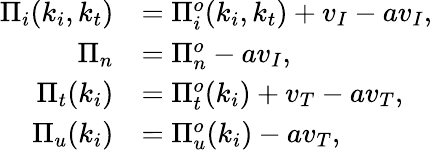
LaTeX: \begin{array}{rl}{\Pi_{i}(k_{i},k_{t})}&{=\Pi_{i}^{o}(k_{i},k_{t})+v_{I}-av_{I},}\\ {\Pi_{n}}&{=\Pi_{n}^{o}-av_{I},}\\ {\Pi_{t}(k_{i})}&{=\Pi_{t}^{o}(k_{i})+v_{T}-av_{T},}\\ {\Pi_{u}(k_{i})}&{=\Pi_{u}^{o}(k_{i})-av_{T},}\end{array}